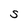
Character: S